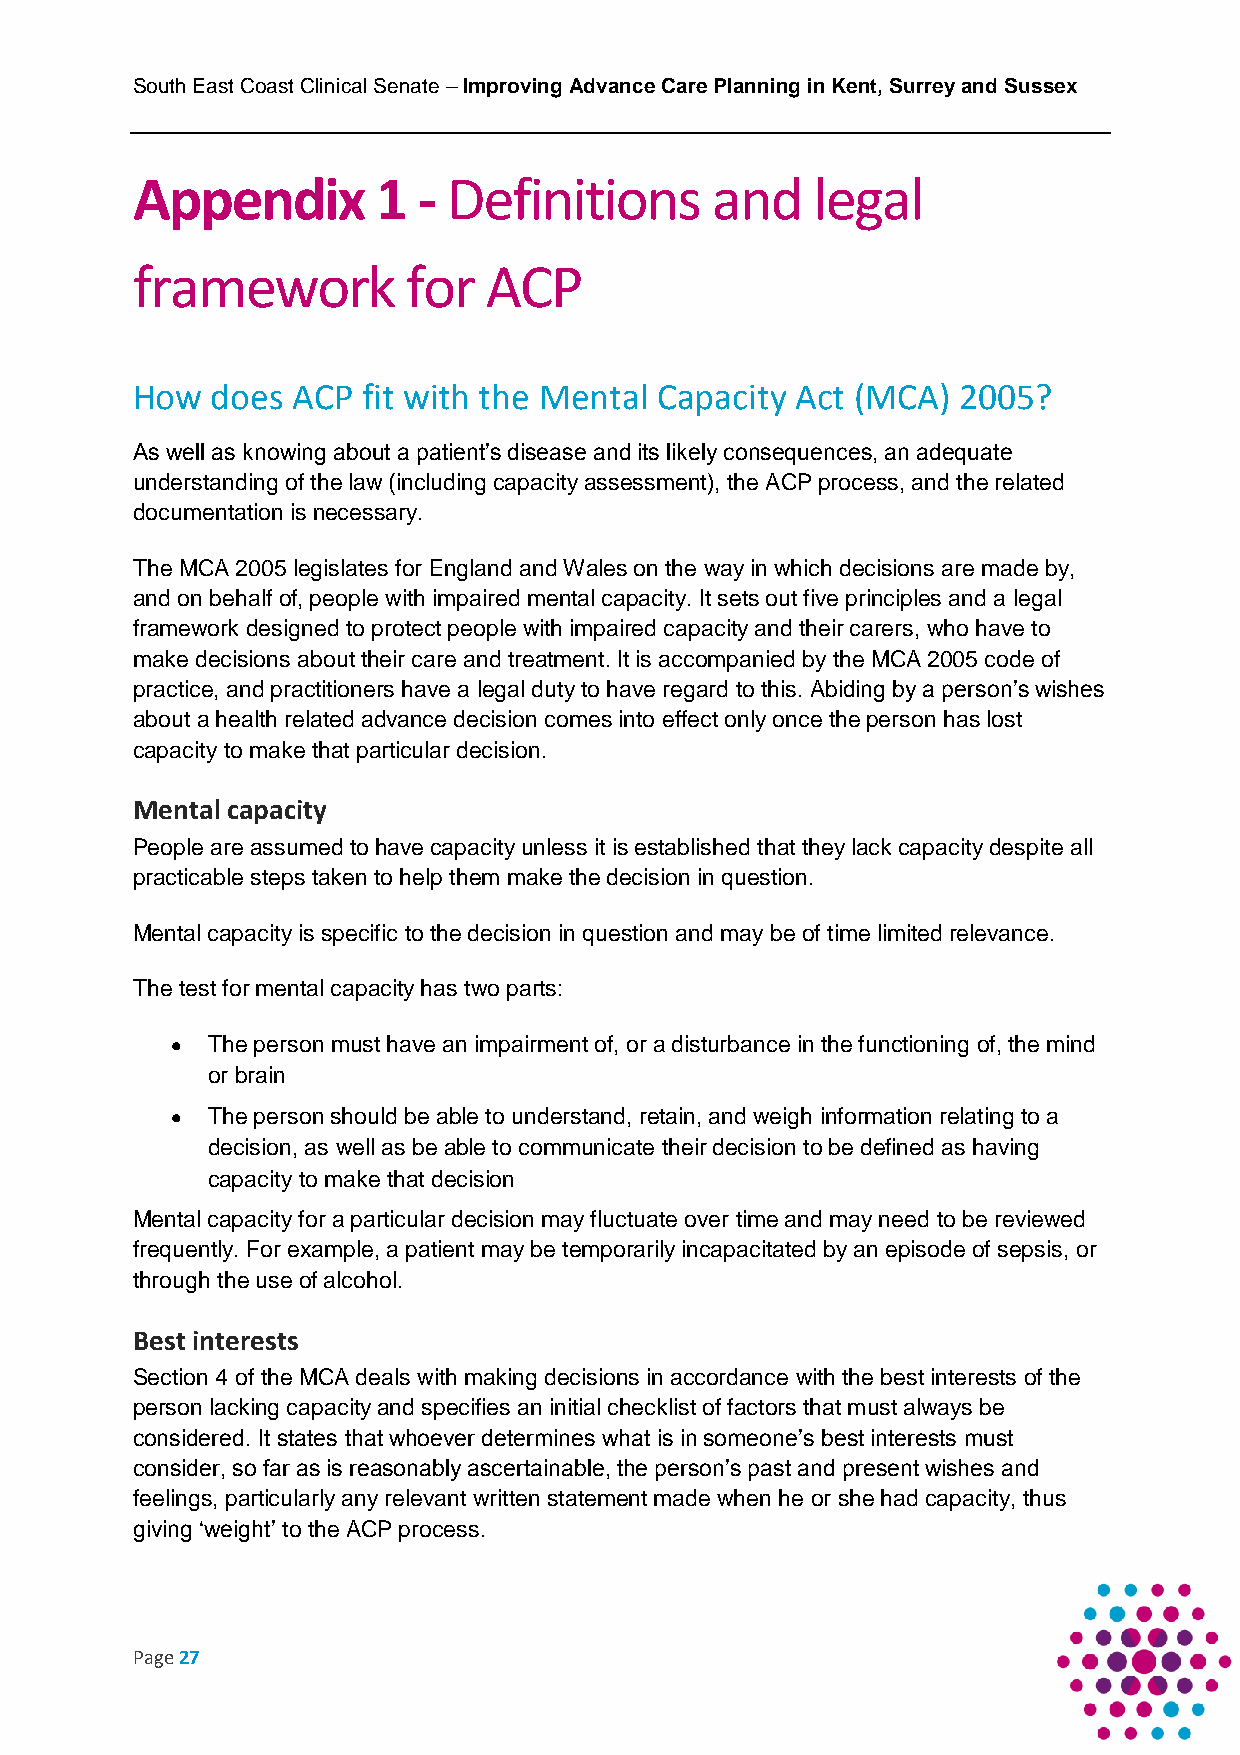
South East Coast Clinical Senate – Improving Advance Care Planning in Kent, Surrey and Sussex
 Appendix        1  - Definitions      and    legal
 framework         for  ACP
 How  does ACP  fit with the Mental Capacity Act (MCA) 2005?
 As well as knowing about a patient’s disease and its likely consequences, an adequate
 understanding of the law (including capacity assessment), the ACP process, and the related
 documentation is necessary.
 The MCA 2005 legislates for England and Wales on the way in which decisions are made by,
 and on behalf of, people with impaired mental capacity. It sets out five principles and a legal
 framework designed to protect people with impaired capacity and their carers, who have to
 make decisions about their care and treatment. It is accompanied by the MCA 2005 code of
 practice, and practitioners have a legal duty to have regard to this. Abiding by a person’s wishes
 about a health related advance decision comes into effect only once the person has lost
 capacity to make that particular decision.
 Mental capacity
 People are assumed to have capacity unless it is established that they lack capacity despite all
 practicable steps taken to help them make the decision in question.
 Mental capacity is specific to the decision in question and may be of time limited relevance.
 The test for mental capacity has two parts:
   The person must have an impairment of, or a disturbance in the functioning of, the mind
 or brain
   The person should be able to understand, retain, and weigh information relating to a
 decision, as well as be able to communicate their decision to be defined as having
 capacity to make that decision
 Mental capacity for a particular decision may fluctuate over time and may need to be reviewed
 frequently. For example, a patient may be temporarily incapacitated by an episode of sepsis, or
 through the use of alcohol.
 Best interests
 Section 4 of the MCA deals with making decisions in accordance with the best interests of the
 person lacking capacity and specifies an initial checklist of factors that must always be
 considered. It states that whoever determines what is in someone’s best interests must
 consider, so far as is reasonably ascertainable, the person’s past and present wishes and
 feelings, particularly any relevant written statement made when he or she had capacity, thus
 giving ‘weight’ to the ACP process.
 Page 27